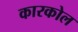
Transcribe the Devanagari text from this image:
कारकोल